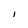
Character: l